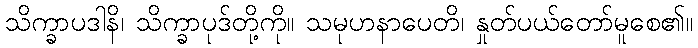
သိက္ခာပဒါနိ၊ သိက္ခာပုဒ်တို့ကို။ သမုဟနာပေတိ၊ နှုတ်ပယ်တော်မူစေ၏။